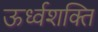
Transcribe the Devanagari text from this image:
ऊर्ध्वशक्ति